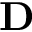
\textbf { D }